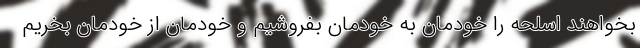
بخواهند اسلحه را خودمان به خودمان بفروشیم و خودمان از خودمان بخریم